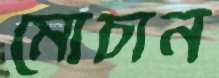
মোচান